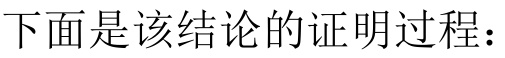
下面是该结论的证明过程：